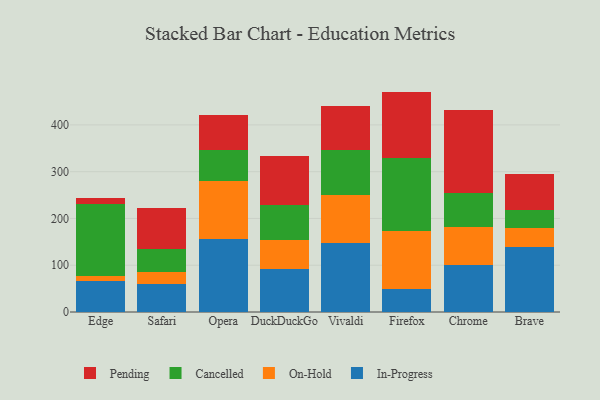
{"axis": {"x": "Browser", "y": "Gross Profit (USD K)"}, "legend": ["Cancelled", "In-Progress", "On-Hold", "Pending"], "data": [{"x": "Edge", "y": 65.7, "type": "In-Progress"}, {"x": "Edge", "y": 11.4, "type": "On-Hold"}, {"x": "Edge", "y": 153.6, "type": "Cancelled"}, {"x": "Edge", "y": 12.6, "type": "Pending"}, {"x": "Safari", "y": 60.4, "type": "In-Progress"}, {"x": "Safari", "y": 25.2, "type": "On-Hold"}, {"x": "Safari", "y": 48.7, "type": "Cancelled"}, {"x": "Safari", "y": 88.9, "type": "Pending"}, {"x": "Opera", "y": 156.0, "type": "In-Progress"}, {"x": "Opera", "y": 123.6, "type": "On-Hold"}, {"x": "Opera", "y": 66.4, "type": "Cancelled"}, {"x": "Opera", "y": 76.2, "type": "Pending"}, {"x": "DuckDuckGo", "y": 91.8, "type": "In-Progress"}, {"x": "DuckDuckGo", "y": 62.2, "type": "On-Hold"}, {"x": "DuckDuckGo", "y": 74.0, "type": "Cancelled"}, {"x": "DuckDuckGo", "y": 104.7, "type": "Pending"}, {"x": "Vivaldi", "y": 146.5, "type": "In-Progress"}, {"x": "Vivaldi", "y": 104.1, "type": "On-Hold"}, {"x": "Vivaldi", "y": 96.1, "type": "Cancelled"}, {"x": "Vivaldi", "y": 93.9, "type": "Pending"}, {"x": "Firefox", "y": 49.4, "type": "In-Progress"}, {"x": "Firefox", "y": 123.9, "type": "On-Hold"}, {"x": "Firefox", "y": 156.8, "type": "Cancelled"}, {"x": "Firefox", "y": 141.1, "type": "Pending"}, {"x": "Chrome", "y": 101.1, "type": "In-Progress"}, {"x": "Chrome", "y": 80.9, "type": "On-Hold"}, {"x": "Chrome", "y": 71.6, "type": "Cancelled"}, {"x": "Chrome", "y": 177.8, "type": "Pending"}, {"x": "Brave", "y": 139.8, "type": "In-Progress"}, {"x": "Brave", "y": 39.6, "type": "On-Hold"}, {"x": "Brave", "y": 37.7, "type": "Cancelled"}, {"x": "Brave", "y": 77.6, "type": "Pending"}]}